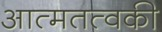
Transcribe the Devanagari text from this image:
आत्मतत्वकी